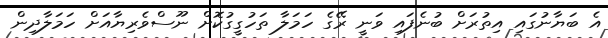
އެ ބަޔާނުގައި އިތުރަށް ބުނެފައި ވަނީ ރޭގެ ހަމަލާ ތަހުގީގުކޮށް ނޫސްވެރިޔާއަށް ހަމަލާދިން